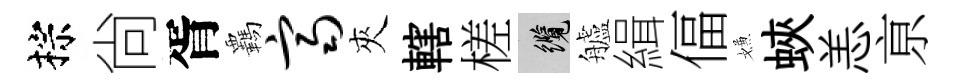
棕尙胥覊齐夾轄槎纜艫緝偪嫌蛺恙亰